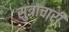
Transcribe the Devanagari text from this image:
सुत्राचारी